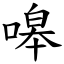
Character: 嗥